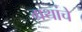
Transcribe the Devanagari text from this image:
ग्रथांचे